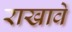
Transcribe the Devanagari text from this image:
राखावे